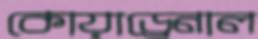
কোয়াড্রেনাল